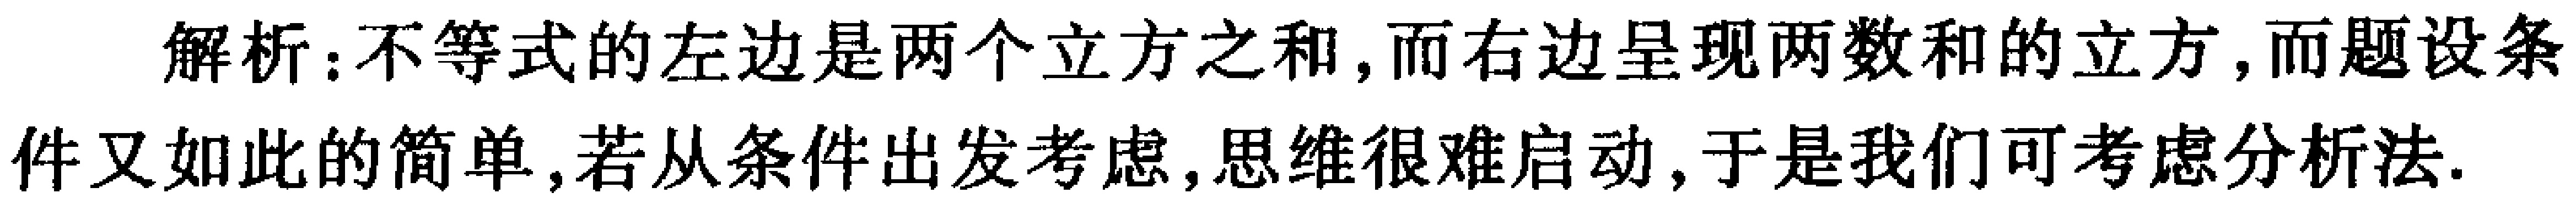
解析：不等式的左边是两个立方之和,而右边呈现两数和的立方,而题设条件又如此的简单,若从条件出发考虑,思维很难启动,于是我们可考虑分析法.